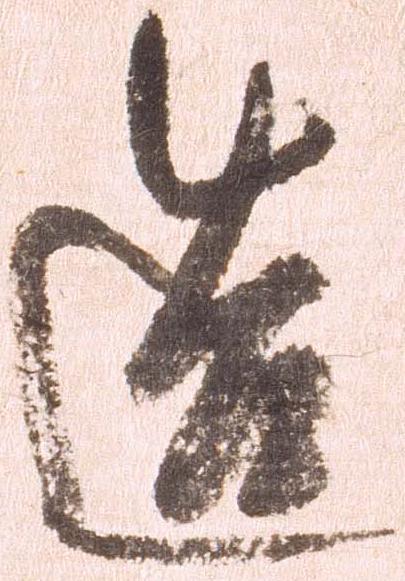
造